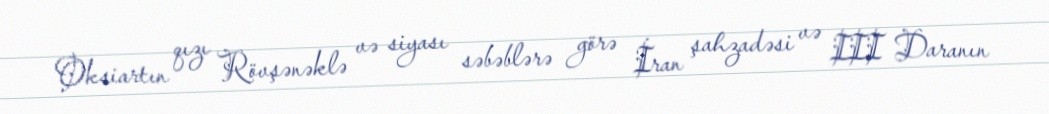
Oksiartın qızı Rövşənəklə və siyası səbəblərə görə İran şahzadəsi və III Daranın